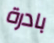
بادرة